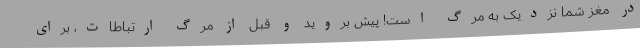
در مغز شما نزدیک به مرگ است! پیش بروید و قبل از مرگ ارتباطات، برای